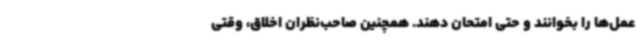
عمل‌ها را بخوانند و حتی امتحان دهند. همچنین صاحب‌نظران اخلاق، وقتی